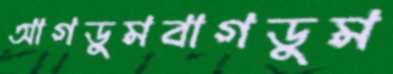
আগডুমবাগডুম